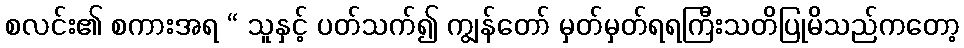
စလင်း၏ စကားအရ “ သူနှင့် ပတ်သက်၍ ကျွန်တော် မှတ်မှတ်ရရကြီးသတိပြုမိသည်ကတော့